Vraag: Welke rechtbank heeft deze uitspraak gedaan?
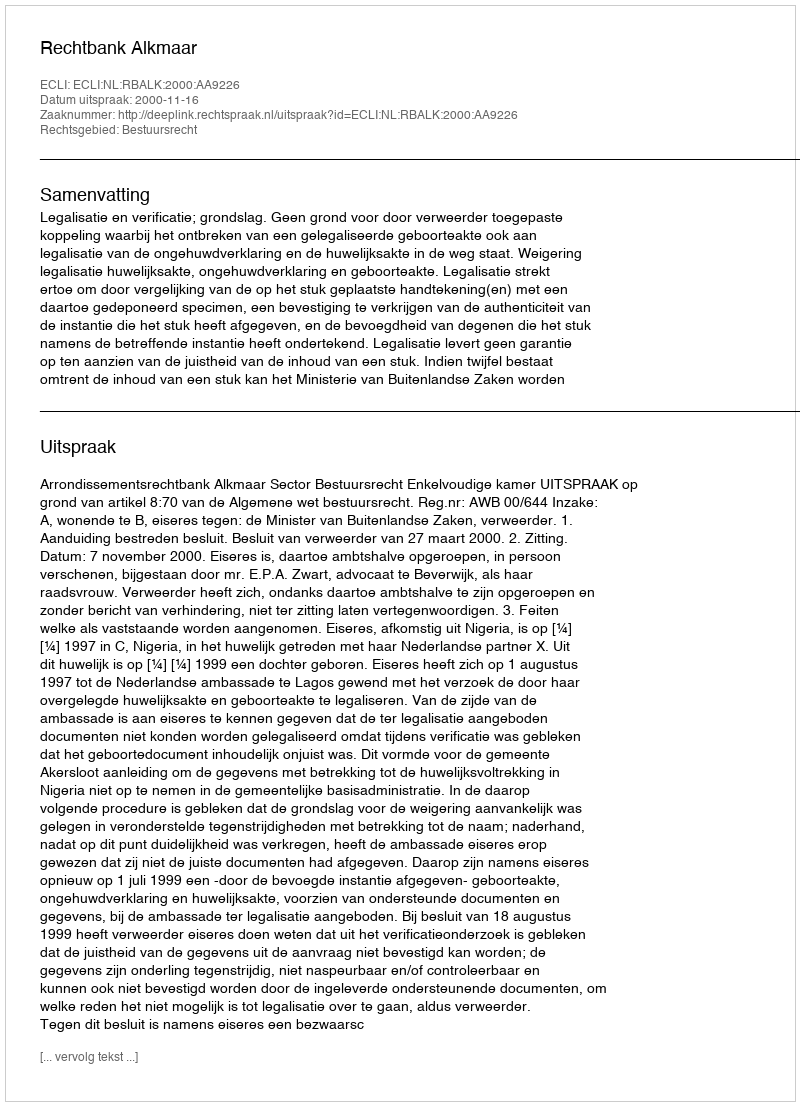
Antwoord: Rechtbank Alkmaar